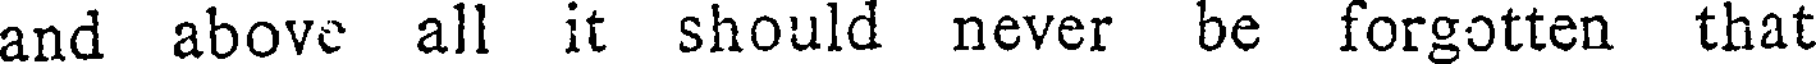
and above all it should never be forgotten that